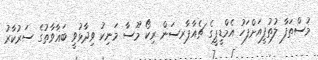
މުސްތަފާ ލުތުފީއަށްފަހު އެމްޑީޕީގެ ޗެއާޕާރސަން ރިކޯ މޫސާ މަނިކު ވިދާޅުވީ ބަޣާވާތުގެ ސަރުކާރު